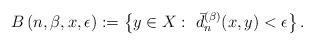
LaTeX: \begin{align*}B\left(n,\beta,x,\epsilon\right):=\left\{ y\in X:\ \bar{d}_{n}^{\left(\beta\right)}(x,y)<\epsilon\right\} .\end{align*}